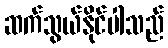
ဆက်သွယ်နိုင်ပါသည်